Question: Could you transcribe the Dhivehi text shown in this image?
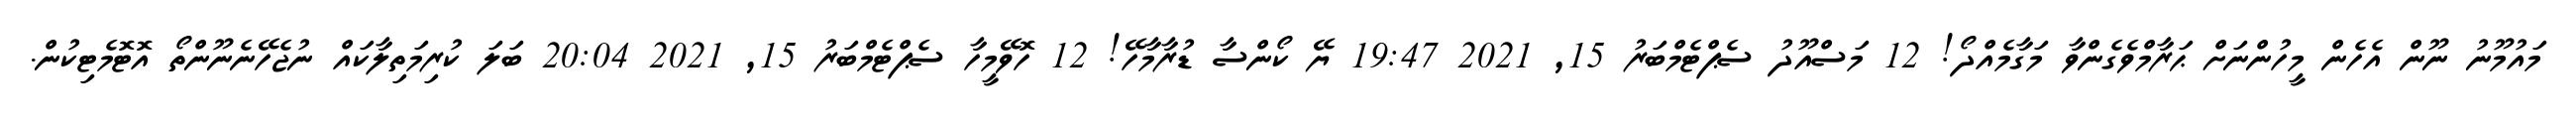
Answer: މައުމޫނު ނޫން އެހެން މީހުންނަށް ޙަރާމްވެގެންވާ މަގާމެއްދޯ! 12 މަސްއޫދު ސެޕްޓެމްބަރު 15, 2021 19:47 ޔޭ ކޯންސާ ޑުރާމާހޭ! 12 ހޮވޭމީހާ ސެޕްޓެމްބަރު 15, 2021 20:04 ބަލަ ކުރިމަތިލާކައް ނުޖެހޭނެނޫންތޯ އޮޓޮމެޓިކުން.